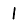
Digit: 1